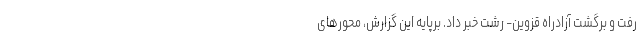
رفت و برگشت آزادراه قزوین- رشت خبر داد. برپایه این گزارش، محورهای